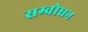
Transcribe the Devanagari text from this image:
सम्वोधन